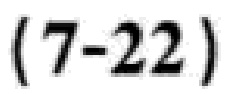
\((7 - 22)\)